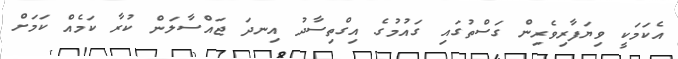
އެކަމަކީ ވިޔަފާރިވެރިން ގަސްތުގައި ގައުމުގެ އިގްތިސާދު އިނދަ ޖައްސާލަން ކުރާ ކަމެއް ކަމަށް